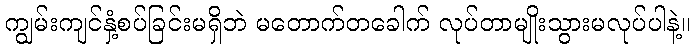
ကျွမ်းကျင်နှံ့စပ်ခြင်းမရှိဘဲ မတောက်တခေါက် လုပ်တာမျိုးသွားမလုပ်ပါနဲ့။